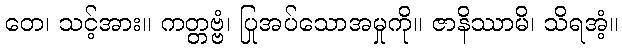
တေ၊ သင့်အား။ ကတ္တဗ္ဗံ၊ ပြုအပ်သောအမှုကို။ ဇာနိဿာမိ၊ သိရအံ့။